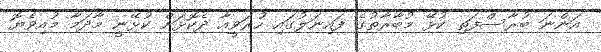
އަންނަ ބުރާސްފަތި ކުޅޭ މުބާރާތުގެ ފައިނަލުގައި ހުރަވީއާ ދެކޮޅަށް ކުޅޭނީ މާދަމާ މުއިވެޔޮ